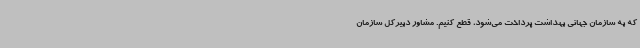
که به سازمان جهانی بهداشت پرداخت می‌شود، قطع کنیم. مشاور دبیرکل سازمان